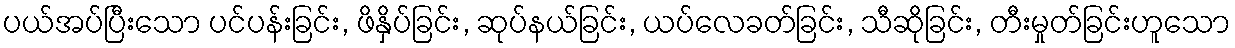
ပယ်အပ်ပြီးသော ပင်ပန်းခြင်း, ဖိနှိပ်ခြင်း, ဆုပ်နယ်ခြင်း, ယပ်လေခတ်ခြင်း, သီဆိုခြင်း, တီးမှုတ်ခြင်းဟူသော